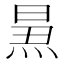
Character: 𱫕